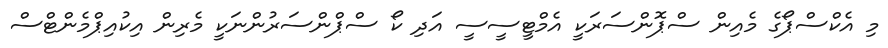
މި އެކްސްޕޯގެ މެއިން ސްޕޮންސަރަކީ އެމްޓީސީސީ އަދި ކޯ ސްޕްންސަރުންނަކީ މެރިން އިކުއިޕްމެންޓްސް